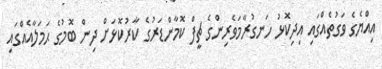
އިއްޔެގެ ވަގުތެއްގައި އިދިކޮޅު ހަނގުރާމަވެރިންގެ ޗީފް ކޮމާންޑަރުގެ ކާރުކޮޅަށް ދިން ބޮމުގެ ޙަމަލާއެއްގައި